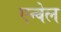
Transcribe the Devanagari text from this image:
एन्वेल